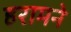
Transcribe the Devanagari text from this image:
हरामने